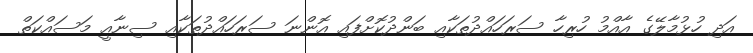
އަދި ހުޅުމާލޭގެ އާއްމު ހުރިހާ ސަރަހައްދުތަކާއި ބަންދުކޮށްފައި އޮންނަ ސަރަހައްދުތަކާއި ސިނާއީ މަސައްކަތް